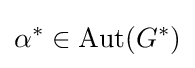
\alpha ^{\ast }\in \mathrm {Aut} (G^{\ast })